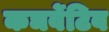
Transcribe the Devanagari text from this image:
कञर्वेटिव